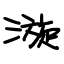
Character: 漩